King Institute of Preventive Medicine Micro-Biological Section reports 1912-19
Year: 1912
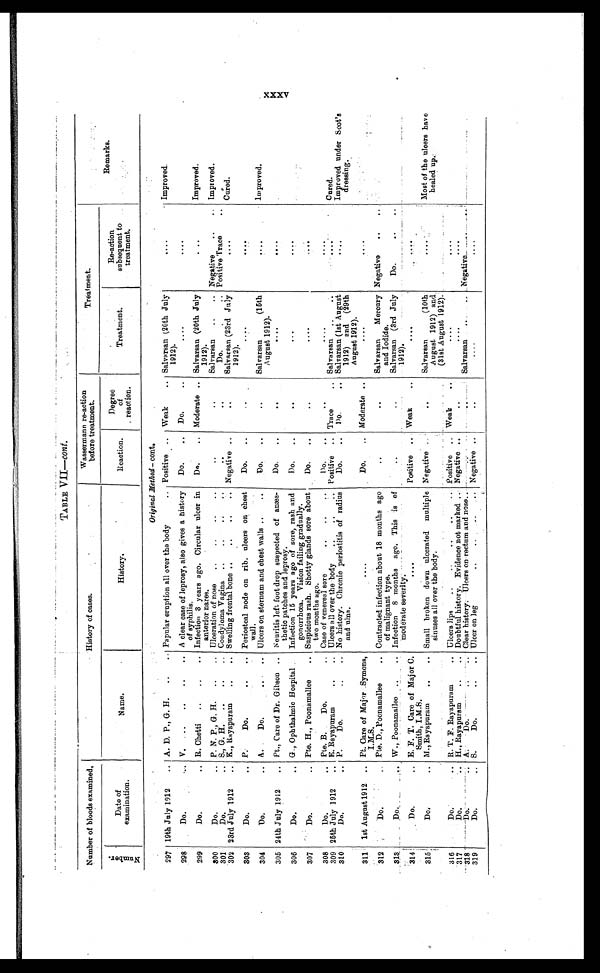
TABLE VII—cont.
Number of bloods examined.
Wassermann re-action
History of cases.
before treatment.
Treatment.
Remarks.
N u m b e r .
Date of
examination.
Name.
History.
Reaction.
Degree
of
reaction.
Treatment.
Re-action
subsequent to
treatment.
Original Method—cont.
297
19th July 1912
. . .
A. D. P., G. H.
. . .
Papular eruption all over the body
. . . Positive
. . .
Weak
. . . Salvarsan (20th July
1912).
. . . Improved.
298
Do.
. . .
V.
. . .
A clear case of leprosy, also gives a history
of syphilis.
Do.
. . .
Do.
. . .
. . .
. . .
Improved.
299
Do.
. . . R. Chetti
. . .
Infection 3 years ago. Circular ulcer in
anterior nares.
Do.
. . .
Moderate
. . .
Salvarsan (20th July
1912).
. . .
Improved.
300
Do. . . .
P. N. P., G. H.
. . .
Ulceration of nose
. . .
. . .
. . .
Salvarsan
. . . Negative
. . .
. . .
. . .
Do.
. . . Positive Trace
. . .
Condyloma Vagina
. . .
301
Do. . . .
S., G. H.
. . .
Negative . . .
. . .
Salvarsan (23rd July
1912).
. . .
Cured.
K., Rayapuram
. . .
Swelling frontal bone . . .
302
23rd July 1912
. . .
303
Do. . .
P. Do. . . .
Periosteal node on rib. ulcers on chest
wall.
Do.
. . .
. . .
. . .
. . .
304
Do. . . .
A.
Do.
. . . Ulcers on sternum and chest walls . . .
Do.
. . .
. . .
Salvarsan
(15th
August 1912).
. . .
Improved.
305
24th July 1912 . . .
Pt., Care of Dr. Gibson
. . . Neuritis left foot drop suspected of anæs
-
thetic patches and leprosy.
Do. . . .
. . .
. . .
. . .
306
Do. . . .
G., Ophthalmic Hospital
Do. . . .
. . .
. . .
. . .
Infection 15 years ago of sore, rash and
gonorrhœa. Vision failing gradually.
307
Do. . . .
Pte. H., Poonamallee . . .
Do. . . .
. . .
. . .
. . .
Suspicious rash. Shotty glands sore about
two months ago.
308
Do. . ..
Pte. B.
Do.
. . .
Do. . . .
. . .
. . .
. . .
Case of venereal sore
. . .
Cured.
309
2 5 t h J u l y 1 9 1 2 . . .
E. Rayapuram
. . .
Ulcers all over the body
. . .
Positive . . .
T r a c e .
Salvarsan
. . .
. . .
310
Do.
P.
Do.
. . .
No history. Chronic periostitis of radius
and ulna.
Do.
. . .
Do. . . .
Salvarsan (1st August
1912) and
(29th
August 1912).
. . .
Improved under Scot's
dressing.
311
1st August 1912 . . . Pt. Care of Major Symons,
I . M . S .
. . .
Do.
. . .
Moderate . . .
. . .
. . .
312
Do. . . .
Pte. D., Poonamallee . . .
Contracted infection about 18 months ago
of malignant type.
. . .
. . .
Salvarsan Mercury
and Iodide.
Negative
. . .
313
Do. . . .
W., Poonamallee . . .
Infection
8 months
ago. This is of
moderate severity.
. . .
. . .
Salvarsan (3rd July
1912).
Do.
. . .
314
Do. . . .
E. F. T. Care of Major C.
Smith, I.M.S.
. . .
Positive . . .
Weak . . .
. . .
. . .
Most of the ulcers have
healed up.
315
Do. . . .
M., Rayapuram
. . .
Small broken down ulcerated multiple
sinuses all over the body.
Negative . . .
. . .
Salvarsan (10th
August 1912) and
(31st August 1912).
. . .
316
D o . . . .
R. T. F. Rayapuram . . .
Ulcers lips
. . .
Positive . . .
Weak . . .
. . .
. . .
317
Do. . . .
H., Rayapuram
. . .
Doubtful history. Evidence not marked . . . Negative . . .
. . .
. . .
. . .
318
Do. . . .
A.
Do. . . .
Clear history. Ulcers on rectum and nose...
. . .
. . .
Salvarsan . . .
Negative . . .
319
Do. . . .
S.
Do. . . .
Ulcer on leg . . .
Negative . . .
. . .
. . .
. . .
xxxv